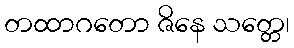
တထာဂတော ဇိနေ သတ္တေ၊